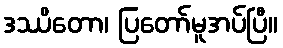
ဒဿိတော၊ ပြတော်မူအပ်ပြီ။